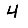
Digit: 4